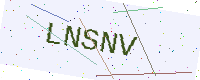
Text: LNSNV